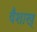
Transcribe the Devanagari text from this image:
वैशाख्